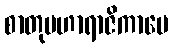
စာတုမဟာရာဇိကာပေ